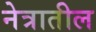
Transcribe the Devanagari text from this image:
नेत्रातील